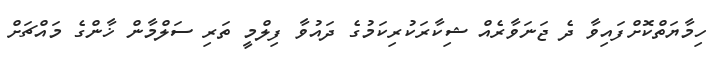
ހިމާޔަތްކޮށްފައިވާ ދެ ޖަނަވާރެއް ޝިކާރަކުރިކަމުގެ ދައުވާ ފިލްމީ ތަރި ސަލްމާން ޚާންގެ މައްޗަށް